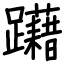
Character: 躤